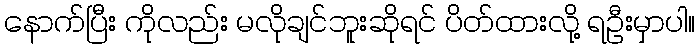
နောက်ပြီး ကိုလည်း မလိုချင်ဘူးဆိုရင် ပိတ်ထားလို့ ရဦးမှာပါ။